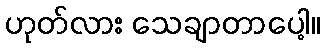
ဟုတ်လား သေချာတာပေါ့။